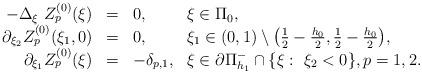
LaTeX: \begin{align*}\begin{array}{rcll}-\Delta_{\xi} \ Z^{(0)}_p(\xi) &=& 0, &\xi \in \Pi_0 ,\\\partial_{\xi_2}Z^{(0)}_p(\xi_1,0)&=& 0,& \xi_1 \in (0,1)\setminus \big( \frac12 - \frac{h_0}{2} , \frac12 - \frac{h_0}{2} \big),\\\partial_{\xi_1} Z^{(0)}_p(\xi) &=& - \delta_{p,1},& \xi \in \partial\Pi^{-}_{h_1} \cap \{\xi: \ \xi_2 <0\}, p=1, 2.\end{array}\end{align*}